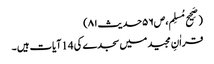
(صَحِیح مُسلِم،ص۵۶حدیث۸۱)
قراٰنِ مجید میں سجدے کی 14آیات ہیں ۔